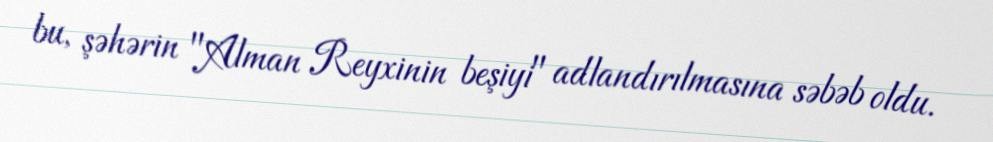
bu, şəhərin "Alman Reyxinin beşiyi" adlandırılmasına səbəb oldu.